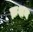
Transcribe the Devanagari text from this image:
क्रशन